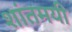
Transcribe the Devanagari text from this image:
शांतमयी